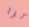
ترا